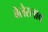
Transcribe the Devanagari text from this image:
बेलेस्लाव